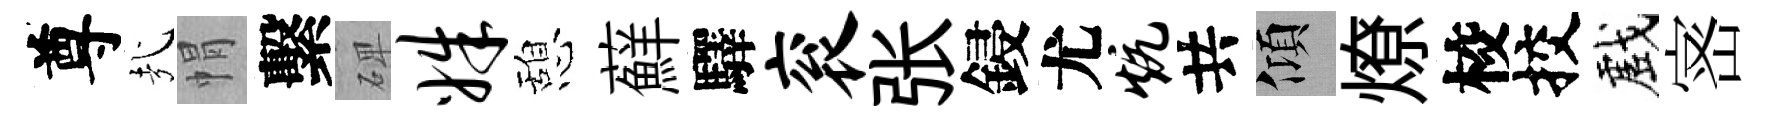
尊㢤㡌繫𥓓姝憩蘚驛衮张鋟尤炕共傾燎校挍戲宻